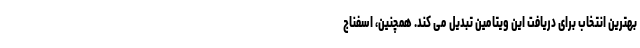
بهترین انتخاب برای دریافت این ویتامین تبدیل می کند. همچنین، اسفناج